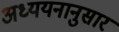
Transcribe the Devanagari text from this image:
अध्ययनानुसार